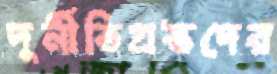
দুর্নীতিগ্রস্তদের